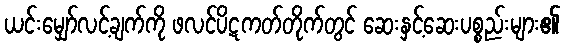
ယင်းမျှော်လင့်ချက်ကို ဖလင်ပိဋကတ်တိုက်တွင် ဆေးနှင့်ဆေးပစ္စည်းများ၏